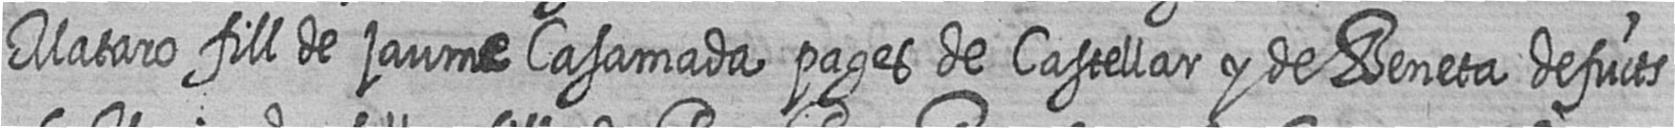
Mataro fill de jaume Casamada pages de Castellar y de Beneta defucts